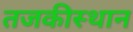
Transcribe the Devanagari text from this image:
तजकीस्थान